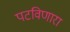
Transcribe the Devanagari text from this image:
पटविणारा